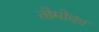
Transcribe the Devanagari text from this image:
तोमोका